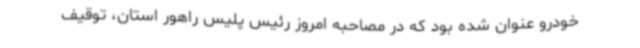
خودرو عنوان شده بود که در مصاحبه امروز رئیس پلیس راهور استان، توقیف